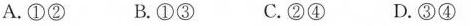
A.①② B.①③ C.②④ D.③④